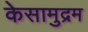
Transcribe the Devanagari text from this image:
केसामुद्रम